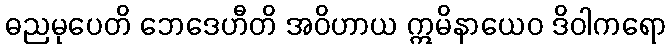
ဓညမုပေတိ ဘေဒေဟီတိ အဝိဟာယ ဣမိနာယေဝ ဒိဝါကရော